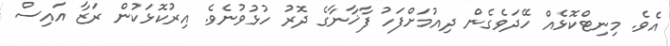
އެވެ. މިނިޓްކޮޅެއް ހޭދަވެގެން ދިއުމަށްފަހު ފާޚާނާގެ ދޮރު ހުޅުވުނެވެ. އިރުކޮޅަކުން ރަޒާ އައިސް